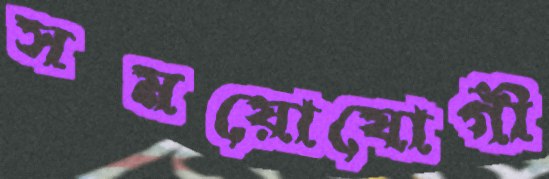
সময়োযোগী